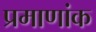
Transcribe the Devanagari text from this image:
प्रमाणांक